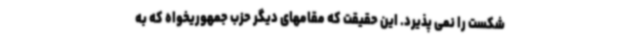
شکست را نمی پذیرد. این حقیقت که مقامهای دیگر حزب جمهوریخواه که به